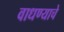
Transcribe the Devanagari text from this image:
वाधण्याचे